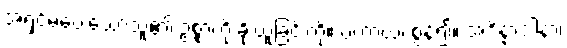
အရှင်မပေးသောသူ၏ ဥစ္စာကို ခိုးယူခြင်းကို။ ပဟာယ၊ စွန့်၍။ အဒိန္နာဒါနာ၊